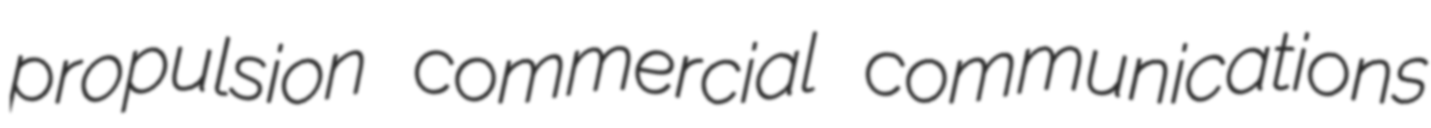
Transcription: propulsion commercial communications